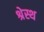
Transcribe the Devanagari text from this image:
श्रेस्थ